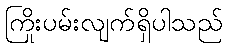
ကြိုးပမ်းလျက်ရှိပါသည်